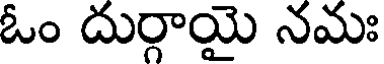
ఓం దుర్గాయై నమః